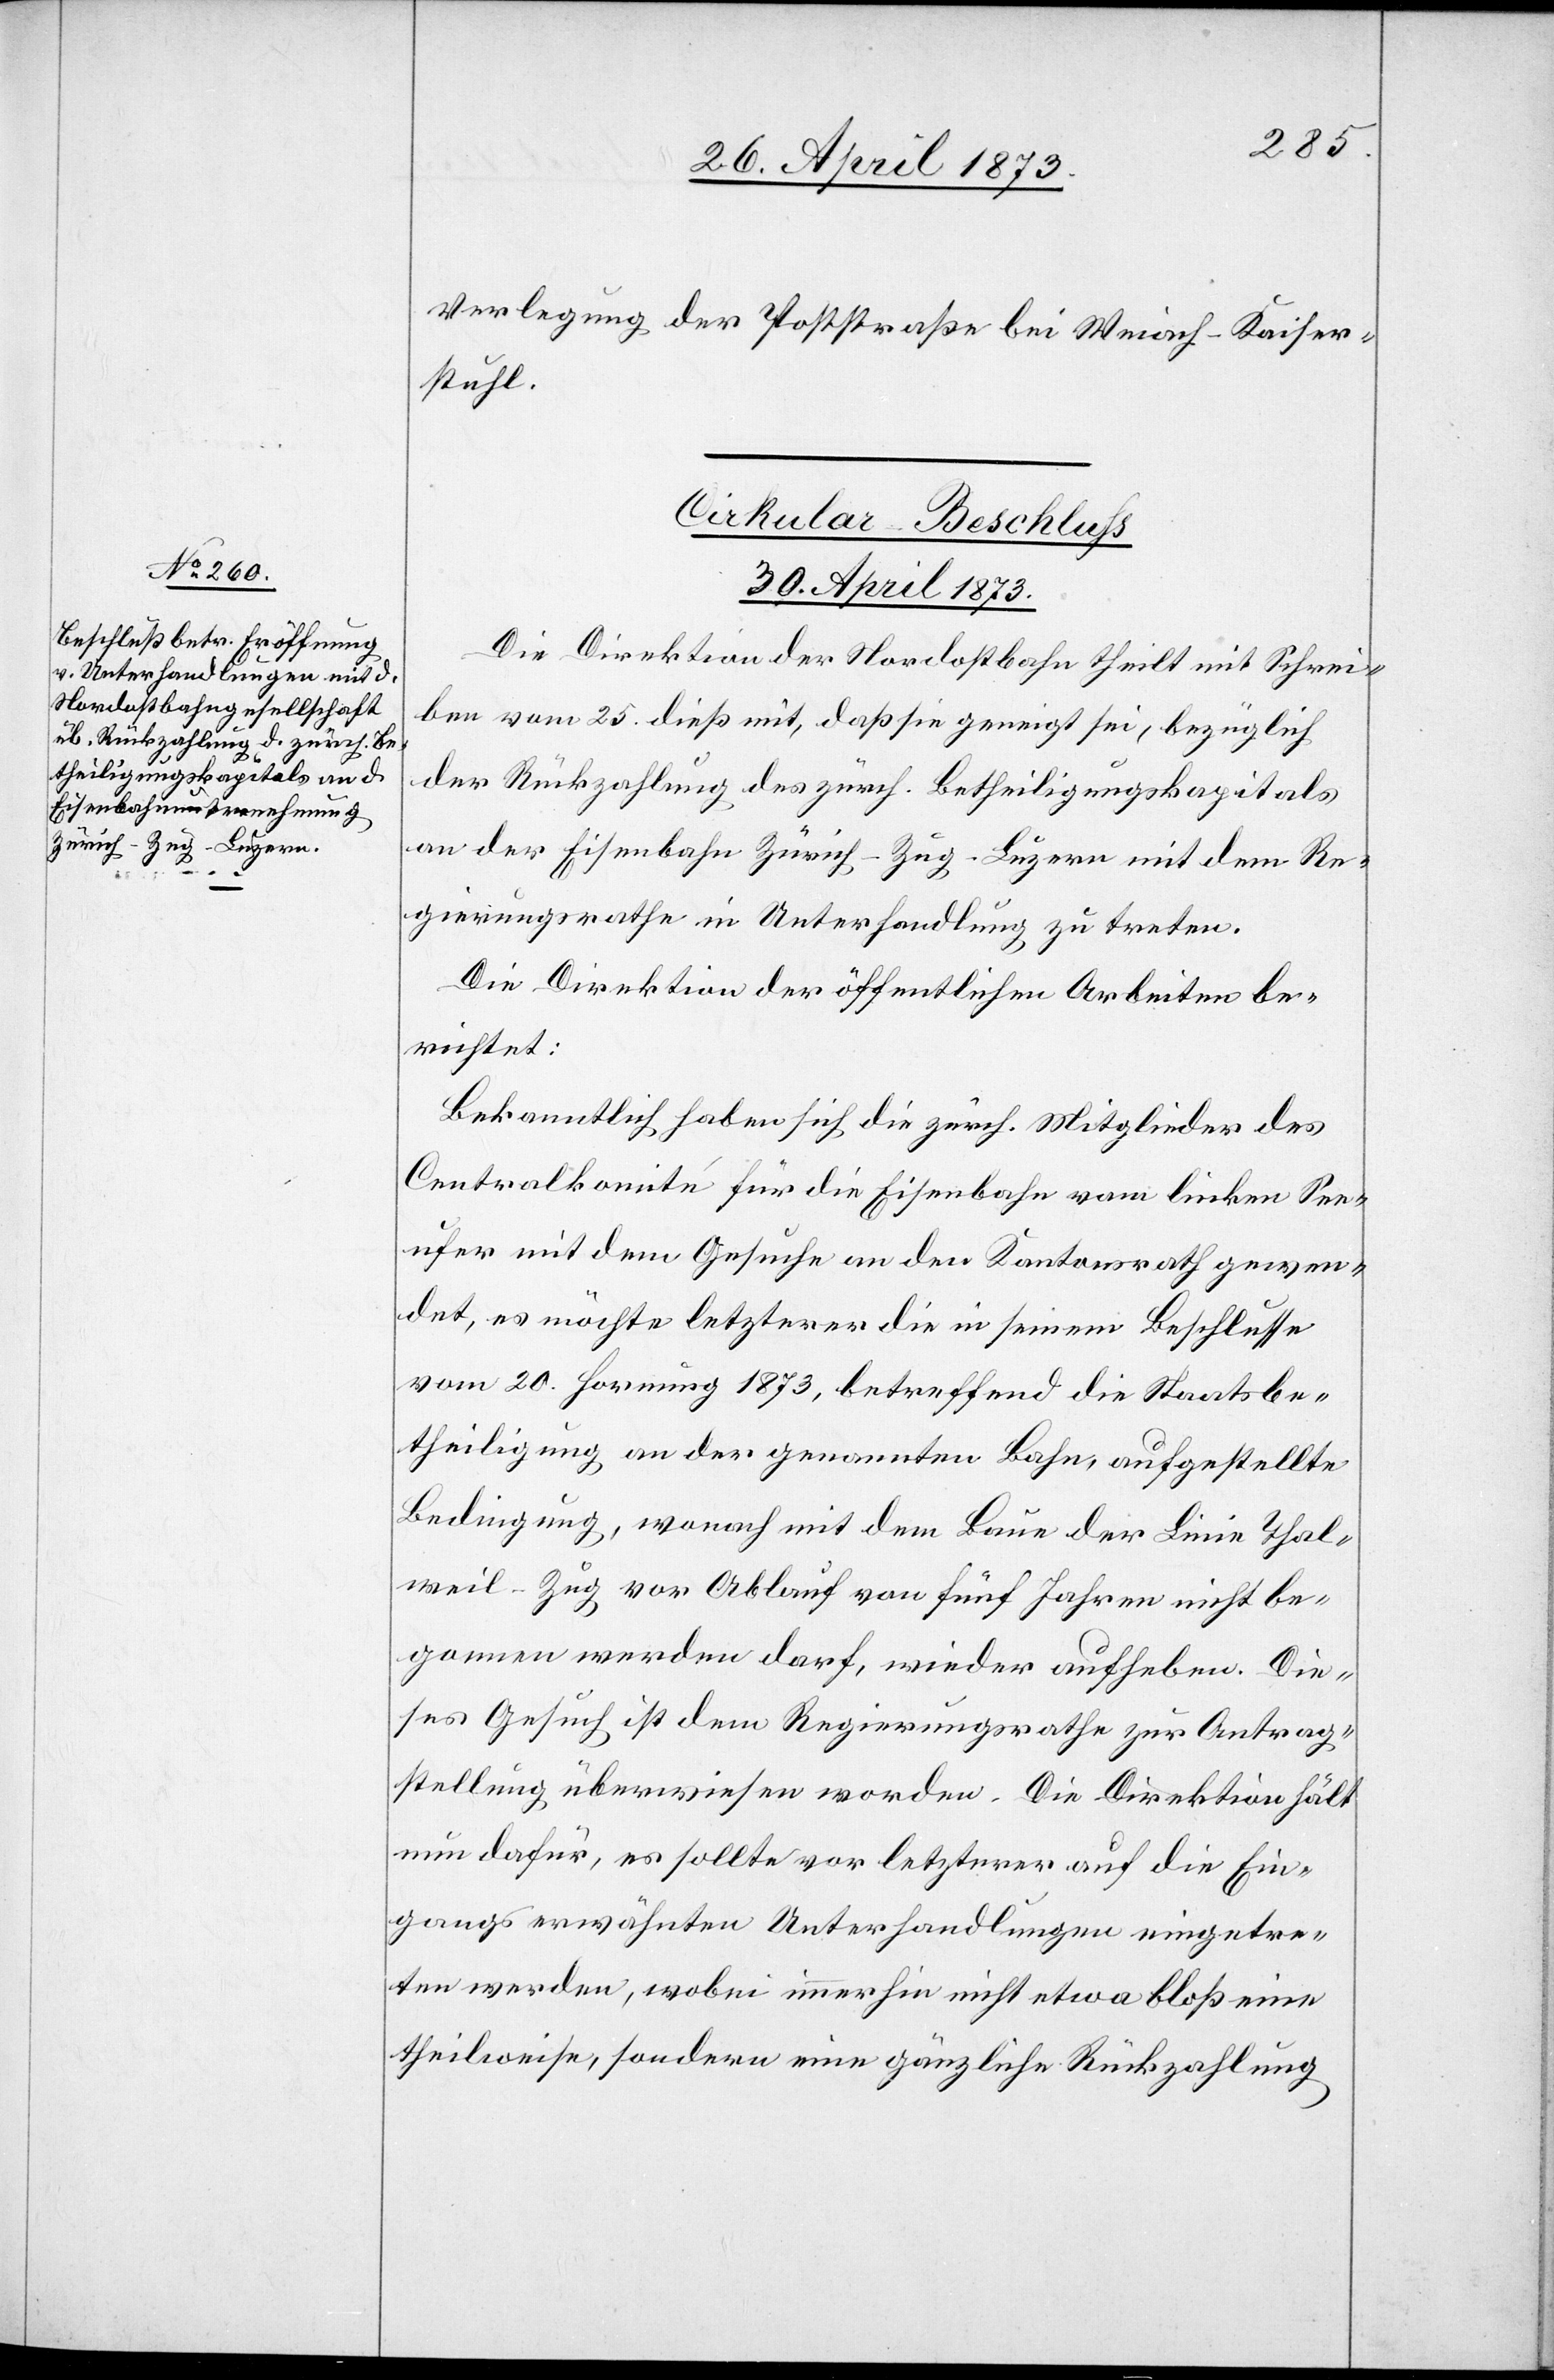
Verlegung der Poststraße bei Weiach-Kaiser¬
stuhl.
Cirkular-Beschluss
30. April 1873.
Die Direktion der Nordostbahn theilt mit Schrei¬
ben vom 25. dieß mit, daß sie geneigt sei, bezüglich
der Rückzahlung des zürch. Betheiligungskapitals
an der Eisenbahn Zürich–Zug–Luzern mit dem Re¬
gierungsrathe in Unterhandlung zu treten.
Die Direktion der öffentlichen Arbeiten be¬
richtet:
Bekanntlich haben sich die zürch. Mitglieder des
Centralkomité für die Eisenbahn vom linken See¬
ufer mit dem Gesuche an den Kantonsrath gewen¬
det, es möchte letzterer die in seinem Beschlusse
vom 20. Hornung 1873, betreffend die Staatsbe¬
theiligung an der genannten Bahn, aufgestellte
Bedingung, wonach mit dem Baue der Linie Thal¬
weil–Zug vor Ablauf von fünf Jahren nicht be¬
gonnen werden darf, wieder aufheben. Die¬
ses Gesuch ist dem Regierungsrathe zur Antrag¬
stellung überwiesen worden. Die Direktion hält
nun dafür, es sollte vor letzterer auf die Ein¬
gangs erwähnten Unterhandlungen eingetre¬
ten werden, wobei immerhin nicht etwa bloß eine
theilweise, sondern eine gänzliche Rückzahlung